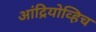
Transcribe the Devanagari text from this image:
आंद्रियोव्हिच